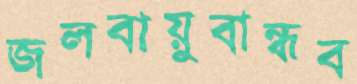
জলবায়ুবান্ধব